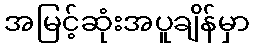
အမြင့်ဆုံးအပူချိန်မှာ